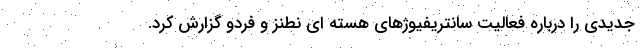
جدیدی را درباره فعالیت سانتریفیوژهای هسته ای نطنز و فردو گزارش کرد.